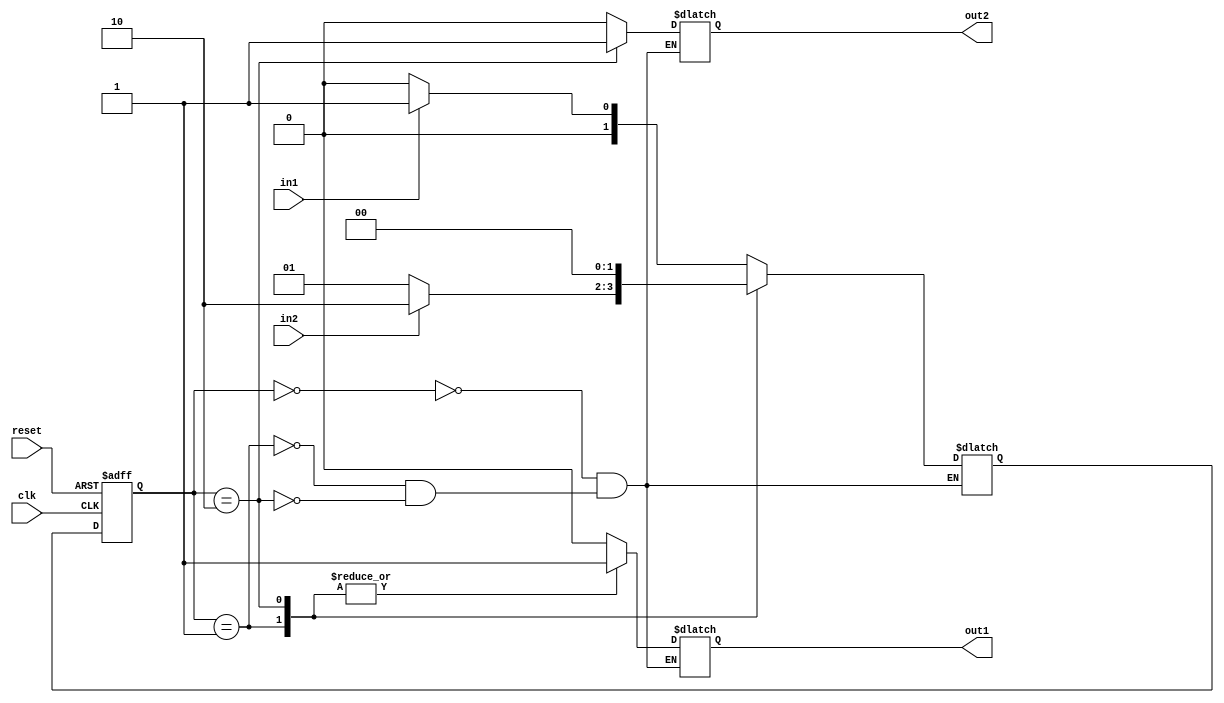
module Mealy_State_Machine(
    input clk,
    input reset,
    input in1,
    input in2,
    output reg out1,
    output reg out2
);

parameter S0 = 2'b00;
parameter S1 = 2'b01;
parameter S2 = 2'b10;

reg [1:0] state, next_state;

always @(posedge clk or posedge reset) begin
    if (reset) begin
        state <= S0;
    end else begin
        state <= next_state;
    end
end

always @* begin
    case(state)
        S0: begin
            out1 = 1'b0;
            out2 = 1'b0;
            if (in1) begin
                next_state = S1;
            end else begin
                next_state = S0;
            end
        end

        S1: begin
            out1 = 1'b1;
            out2 = 1'b0;
            if (in2) begin
                next_state = S2;
            end else begin
                next_state = S1;
            end
        end

        S2: begin
            out1 = 1'b1;
            out2 = 1'b1;
            next_state = S0;
        end
    endcase
end

endmodule